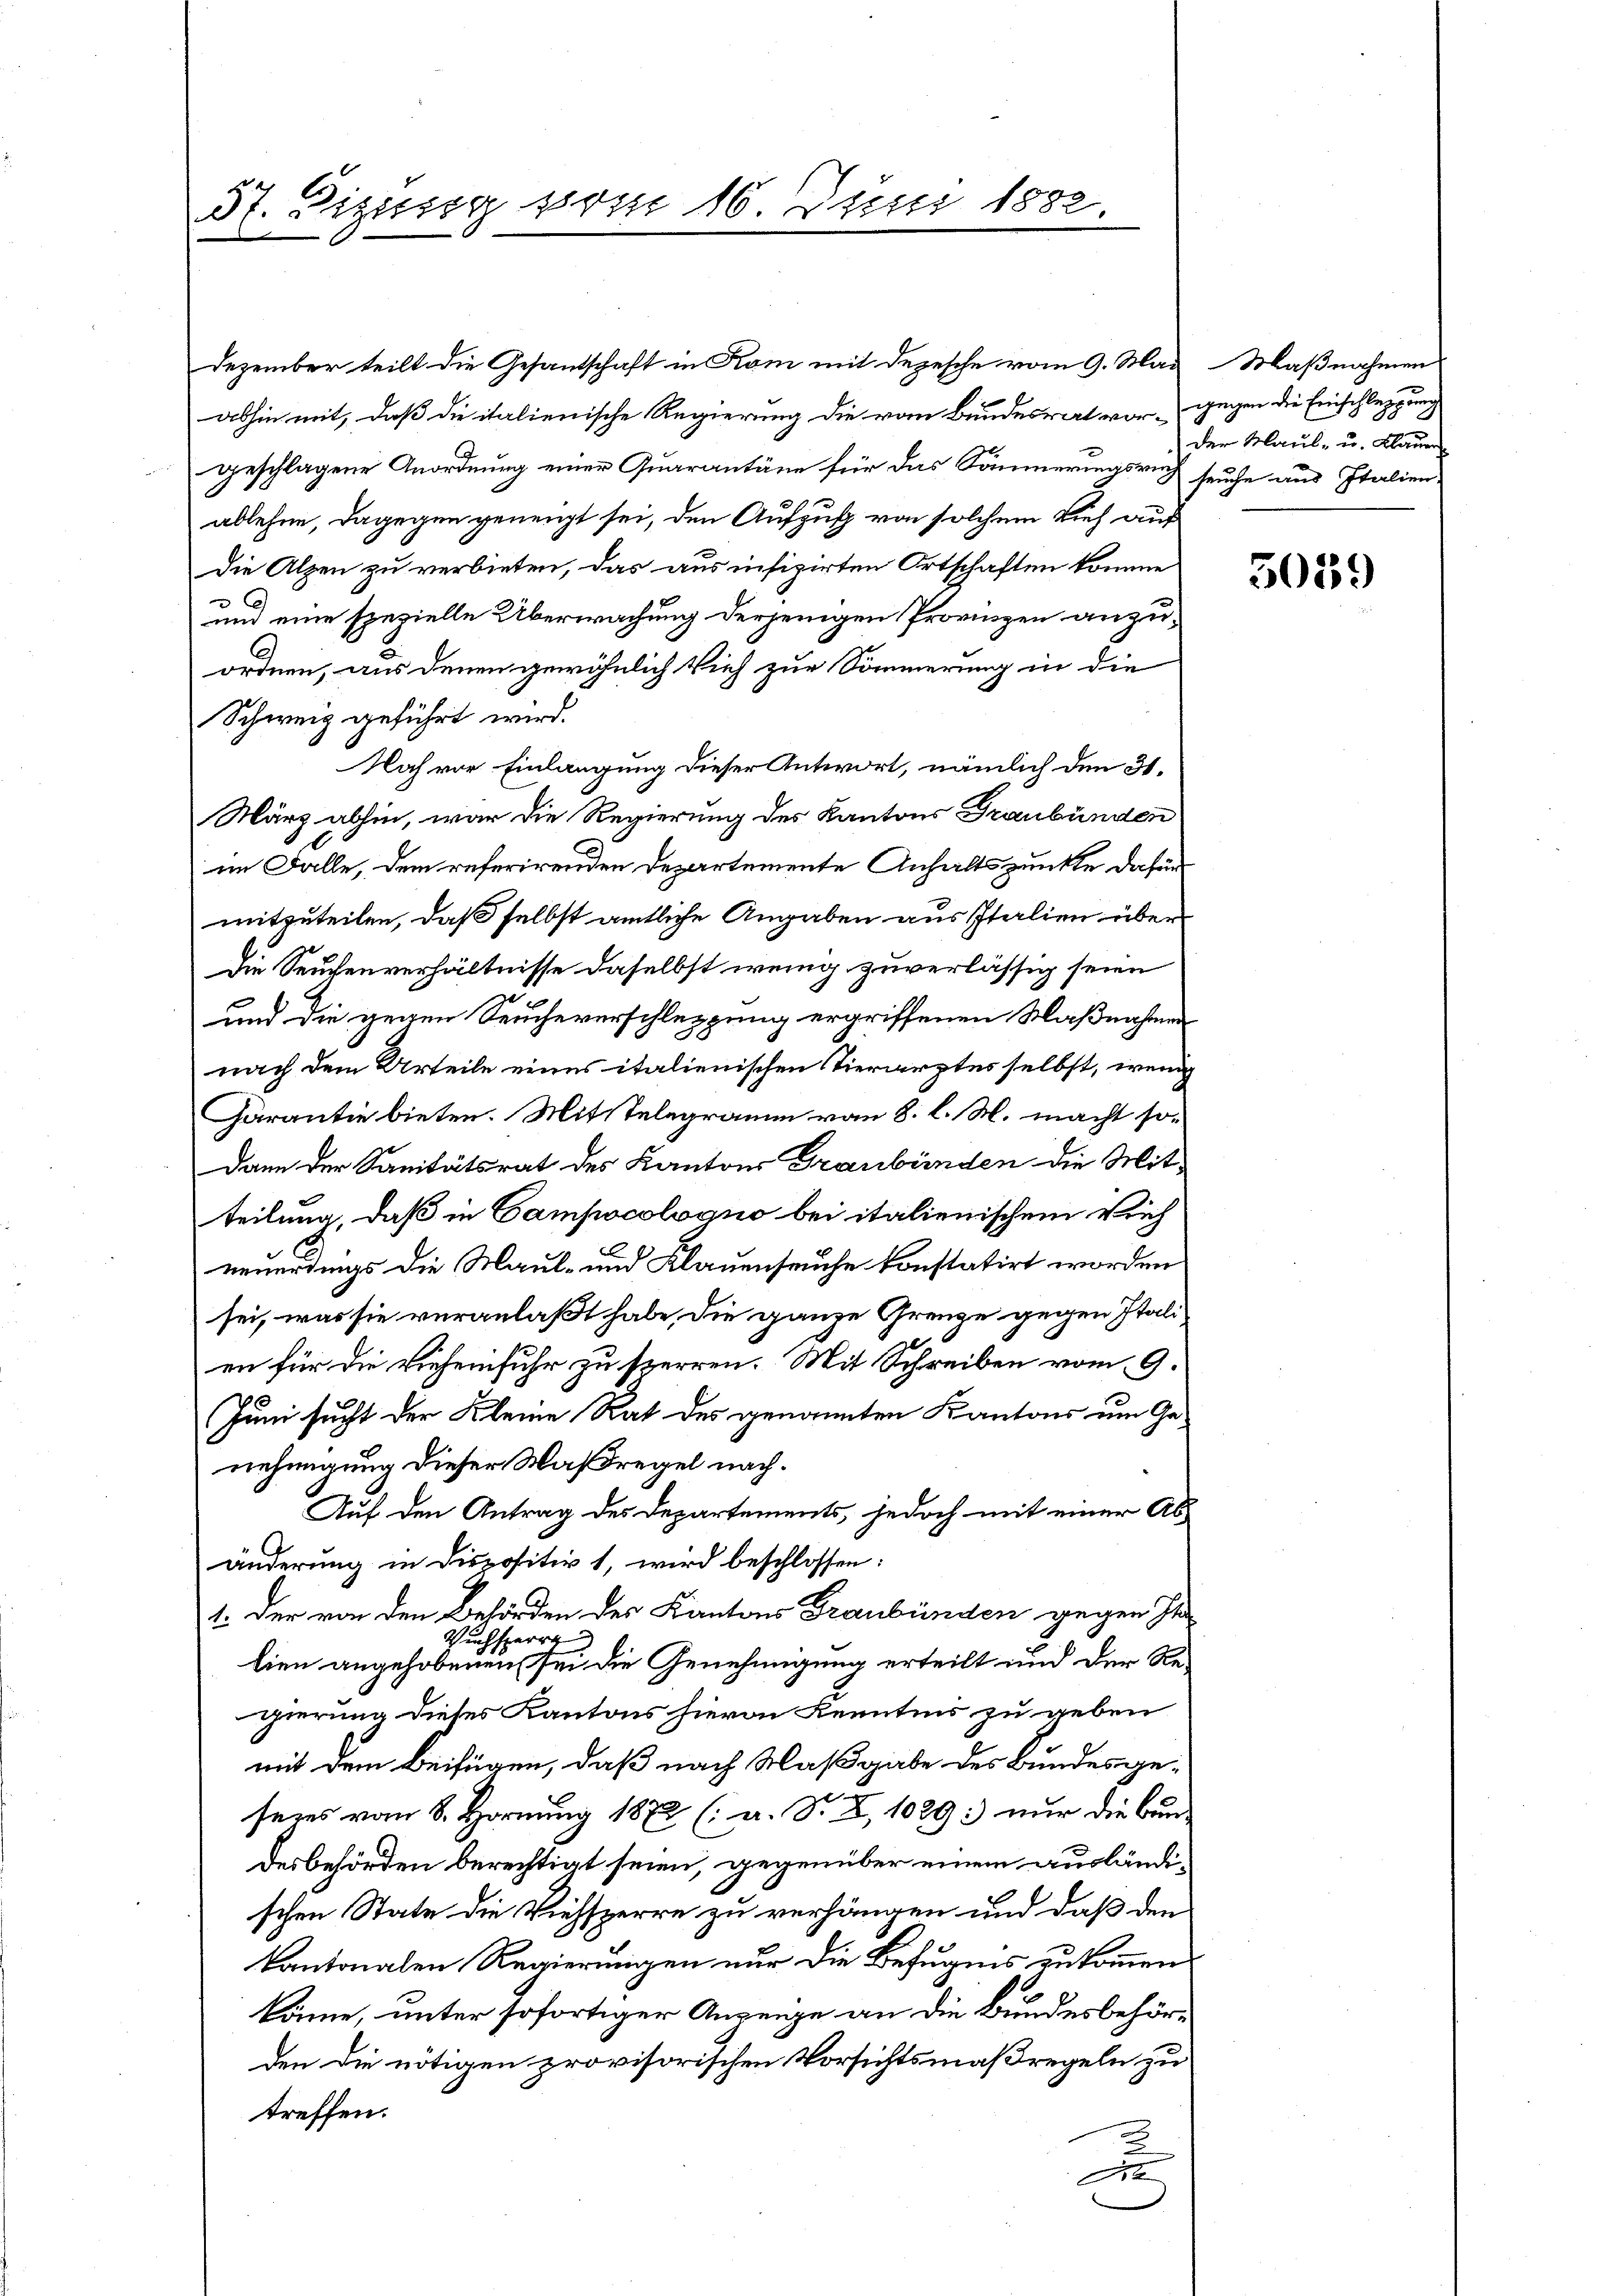
57. Dizierg vom 16 Juni 1882.

Dezember teilt die Gesantschaft in Kom mit Depesche vom 9. Mai Maßnahmen
abhin mit, daß die italienische Regierung die vom Bundesrat vorgegen die Einschleppung
geschlagene Anordnung einer Quarantäne für das Sommerungsreich seuche aus Italien,
ablehne, dagegen geneigt sei, den Aufzusch von solchem Vieh auf
Die Alpen zu verbieten, das aus infizirten Ortschaften komme
C
und eine spezielle Überwachung derjenigen Provinzen anzuordnen, aus denen gewöhnlich Vieh zur Sommerung in die
Schweiz geführt wird.
Noch vor Einlangung dieser Antwort, nämlich den 31.
März abhin, war die Regierung des Kantons Graubünden
im Falle, dem referirenden Departemente Anhaltspunkte dafür
mitzuteilen, daß selbst amtliche Angaben aus Italien über
die Seuchenverhältnisse daselbst wenig zuverlässig seien
und die gegen Seucheverschleppung ergriffenen Maßnahmen
nach dem Urteile eines italienischen Tierarztes selbst, wenig
Garantie bieten. Mittelegramm von 8. l. M. macht so¬
Dann der Sanitätsrat des Kantons Graubünden die Mitteilung, daß in Campocologno bei italienischem Rich
neuerdings die Maul- und Klauenseuche konstatirt worden
sei, was sie veranlaßt habe, die ganze Grenze gegen Italen für die Vieheinfuhr zu sterren. Mit Schreiben vom 9.
Juni sucht der Kleine Rat des genannten Kantons um Genehmigung dieser Maßregel nach¬
Auf den Antrag des Departements, jedoch mit einer Ab-
änderung in Dispositiv 1, wird beschlossen:
1. Der von den Behörden des Kantons Graubünden gegen In
Ruch herre
lien angehobenen sei die Genehmigung erteilt und der Regierung dieses Kantons hievon Kenntnis zu geben
mit dem Beifügen, daß nach Maßgabe des Bundesge-
seies vom 8. Hornung 1872 (a. S. V, 1029: nur die Bau-
desbehörden berechtigt seien, gegenüber einem ausländischen State die Viehsperre zu verhängen und daß den
kantonalen Regierungen nur die Befugnis zukommen.
könne, unter sofortiger Anzeige an die Bundesbehörden die nötigen provisorischen Vorsichtsmaßregeln zu
treffen.
2
d

Der Maul- u. Klauer

5039